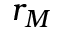
r _ { M }